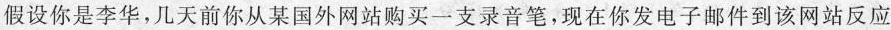
假设你是李华，几天前你从某国外网站购买一支录音笔，现在你发电子邮件到该网站反应